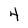
Character: 4